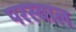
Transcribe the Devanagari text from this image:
परस्वाल